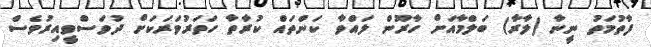
ފާތުމަތު ނީނާ (ލާރާ) ބަލްމާއަށް ހާރޫން ލައްވާ ކަންތައް ކުރާތާ ހަތަރުވަރަކަށް ދުވަސްވީއިރުވެސް